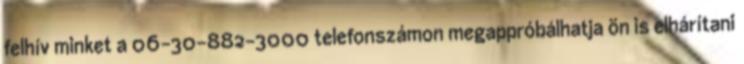
felhív minket a 06-30-882-3000 telefonszámon megappróbálhatja ön is elhárítani